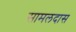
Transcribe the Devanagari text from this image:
सामलदास